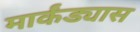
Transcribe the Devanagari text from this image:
मार्कंड्यास